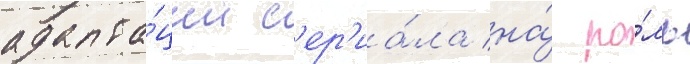
адапта́ции с'ер'иа́ла на́ ро́ль